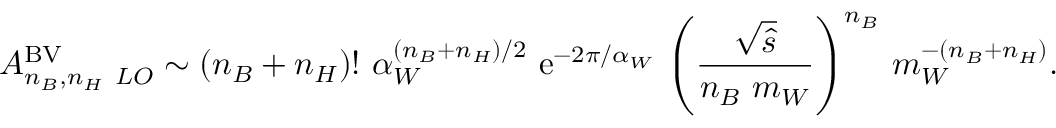
{ \cal A } _ { n _ { B } , n _ { H } \ L O } ^ { \mathrm { B V } } \sim ( n _ { B } + n _ { H } ) ! ~ \alpha _ { W } ^ { ( n _ { B } + n _ { H } ) / 2 } ~ \mathrm { e } ^ { - 2 \pi / \alpha _ { W } } ~ \Biggl ( { \frac { \sqrt { \hat { s } } } { n _ { B } \ m _ { W } } } \Biggr ) ^ { n _ { B } } ~ m _ { W } ^ { - ( n _ { B } + n _ { H } ) } .